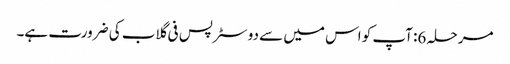
مرحلہ 6: آپ کو اس میں سے دو سٹرپس فی گلاب کی ضرورت ہے۔